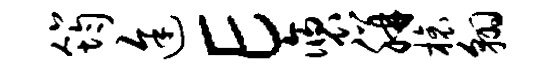
筠途E褒胼榱翱